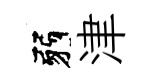
弱津